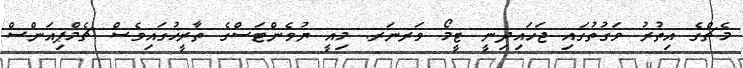
މެޗްގެ އިތުރު ވަގުތުގައި ޖަހައިދިނީ ޓީމޯ ވަރނަރ. މިއީ ޔުވެންޓަސްގެ ތާރީޚުގައިވެސް ޗެމްޕިއަންސް